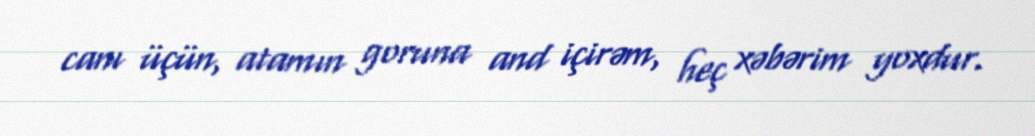
canı üçün, atamın goruna and içirəm, heç xəbərim yoxdur.